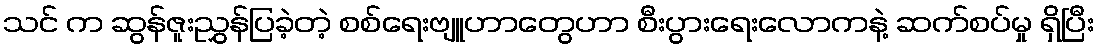
သင် က ဆွန်ဇူးညွှန်ပြခဲ့တဲ့ စစ်ရေးဗျူဟာတွေဟာ စီးပွားရေးလောကနဲ့ ဆက်စပ်မှု ရှိပြီး